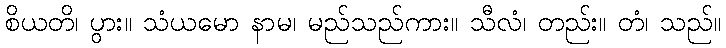
စိယတိ၊ ပွား။ သံယမော နာမ၊ မည်သည်ကား။ သီလံ၊ တည်း။ တံ၊ သည်။